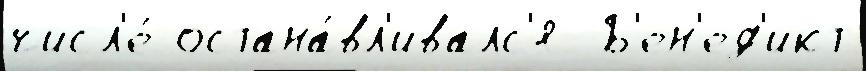
числ'е́ остана́вл'ивалс'я  Б'ен'ед'икт